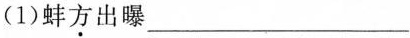
(1)蚌方出曝___